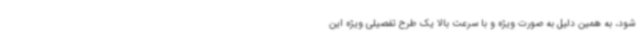
شود، به همین دلیل به صورت ویژه و با سرعت بالا یک طرح تفصیلی ویژه این